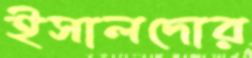
ইসালদোর